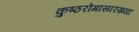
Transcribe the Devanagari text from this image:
कुष्ठरोगासारख्या